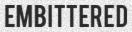
EMBITTERED